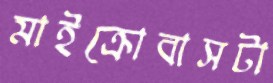
মাইক্রোবাসটা